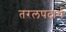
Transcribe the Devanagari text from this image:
तरलपदार्थ